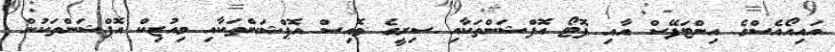
އައިއޯއެސްގެ އިންޓަފޭސް އާއި ފޮޓޯ އޮފްޝަންތަކާއި ސިރީގެ ވޮއިސް އޮޕްޝަންތަކާއި މިއުޒިކް އޮޕްޝަންތަކުން